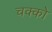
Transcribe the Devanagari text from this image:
चक्को